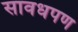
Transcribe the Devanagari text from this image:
सावधपण